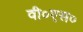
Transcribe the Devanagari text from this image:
वी०एस०